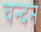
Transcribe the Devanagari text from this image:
चन्‍दन